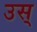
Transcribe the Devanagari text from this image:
उस्